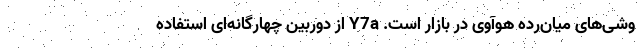
وشی‌های میان‌رده هوآوی در بازار است. Y7a از دوربین چهارگانه‌ای استفاده